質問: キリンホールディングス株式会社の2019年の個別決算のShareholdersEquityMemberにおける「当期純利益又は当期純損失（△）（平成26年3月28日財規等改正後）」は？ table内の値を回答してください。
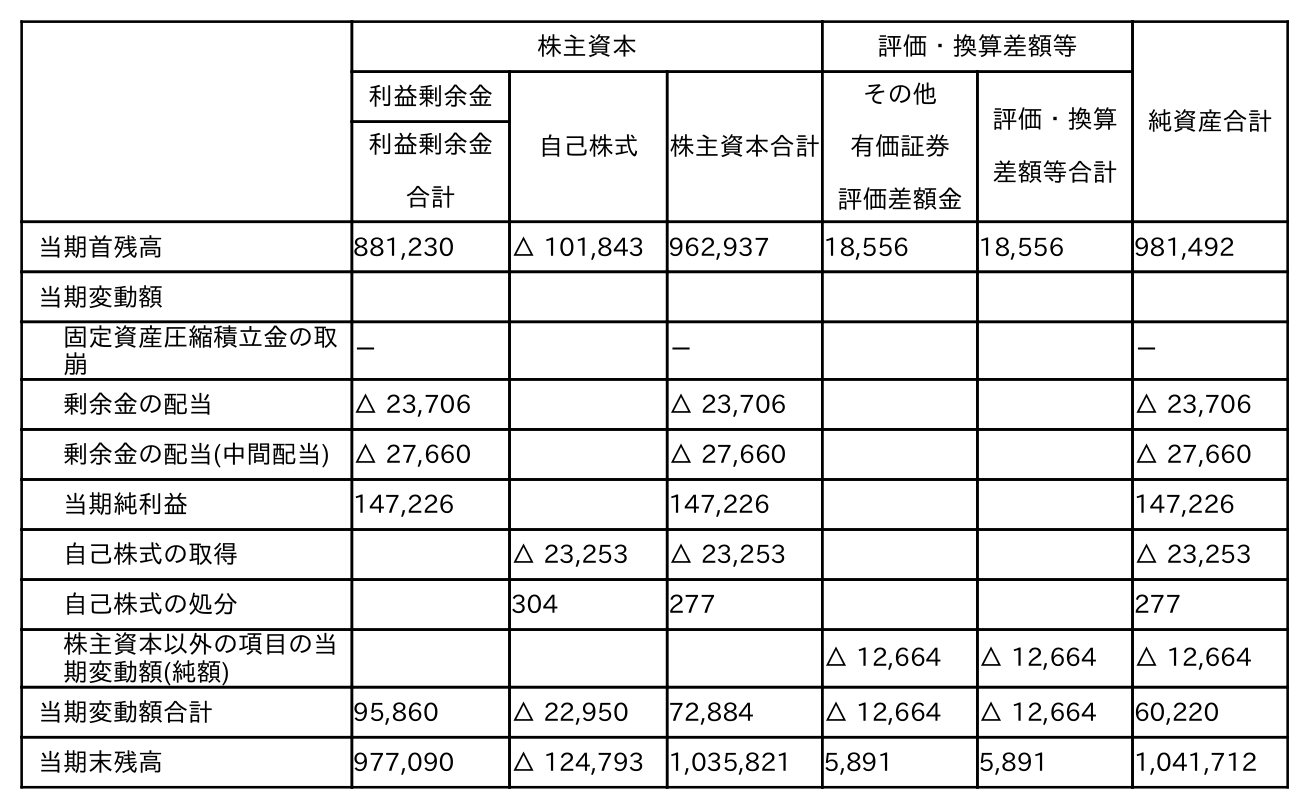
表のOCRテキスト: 株主資本 評価・換算差額等 純資産合計 利益剰余金 自己株式 株主資本合計 その他 有価証券 評価差額金 評価・換算 差額等合計 利益剰余金 合計 当期首残高 881,230 △ 101,843 962,937 18,556 18,556 981,492 当期変動額 固定資産圧縮積立金の取 崩 － － － 剰余金の配当 △ 23,706 △ 23,706 △ 23,706 剰余金の配当(中間配当) △ 27,660 △ 27,660 △ 27,660 当期純利益 147,226 147,226 147,226 自己株式の取得 △ 23,253 △ 23,253 △ 23,253 自己株式の処分 304 277 277 株主資本以外の項目の当 期変動額(純額) △ 12,664 △ 12,664 △ 12,664 当期変動額合計 95,860 △ 22,950 72,884 △ 12,664 △ 12,664 60,220 当期末残高 977,090 △ 124,793 1,035,821 5,891 5,891 1,041,712
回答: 147,226